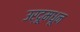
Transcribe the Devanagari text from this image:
उर्दूमधून